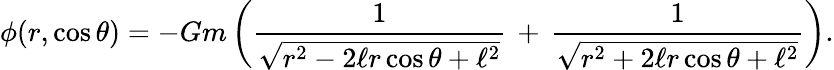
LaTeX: \phi(r,\cos\theta)=-Gm\left(\frac{1}{\sqrt{r^{2}-2\ell r\cos\theta+\ell^{2}}}\, +\, \frac{1}{\sqrt{r^{2}+2\ell r\cos\theta+\ell^{2}}}\right).